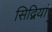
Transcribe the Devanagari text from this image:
सिद्वियां